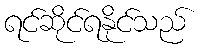
ရင်ဆိုင်ရနိုင်သည်